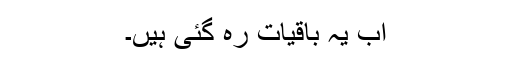
اب یہ باقیات رہ گئی ہیں۔